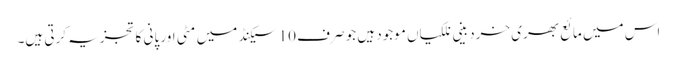
اس میں مائع بھری خردبینی نلکیاں موجود ہیں جو صرف 10 سیکنڈ میں مٹی اور پانی کا تجزیہ کرتی ہیں۔